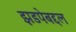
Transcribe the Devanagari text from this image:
झडपेबद्दल